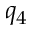
q _ { 4 }